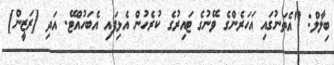
ބިލާލް: "އެތަނުގައި އަހަރެންގެ ވޭނުގެ ޓައިރުގެ ކުރެހުން އެޅިފައި އެބަހުއްޓޭ. އަދި [ރަޒީން]